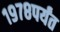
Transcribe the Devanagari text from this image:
१९७८पर्यंत